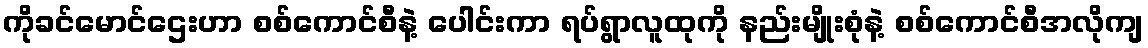
ကိုခင်မောင်ဌေးဟာ စစ်ကောင်စီနဲ့ ပေါင်းကာ ရပ်ရွာလူထုကို နည်းမျိုးစုံနဲ့ စစ်ကောင်စီအလိုကျ